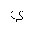
Letter: _ya